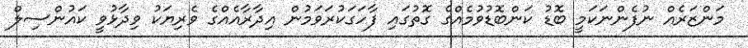
މަންޒަރެއް ނުފެންނަކަމީ ބޮޑު ކަންބޮޑުވުމެއްގެ ގޮތުގައި ފާހަގަކުރަވަމުން އިދާރާއެއްގެ ވެރިޔަކު ވިދާޅުވީ ކައުންސިލް